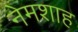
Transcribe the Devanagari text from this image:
नेमशाह